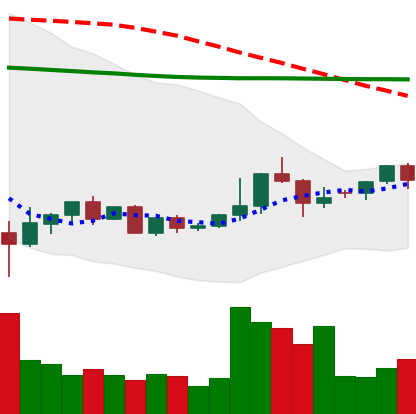
Ticker: ETC-USD
Chart end date: 2022-05-31
Forward return: -8.16%
Label: down_7plus